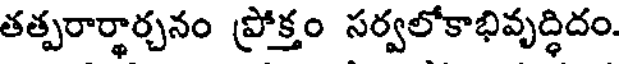
తత్పరార్థార్చనం ప్రోక్తం సర్వలోకాభివృద్ధిదం.